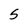
Character: 5